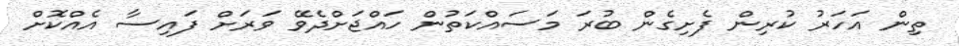
ތިން އަހަރު ކުރިން ފެށިގެން ބުރަ މަސައްކަތުން ހައްޖަށްދެވޭ ވަރަށް ފައިސާ އެއްކޮށް